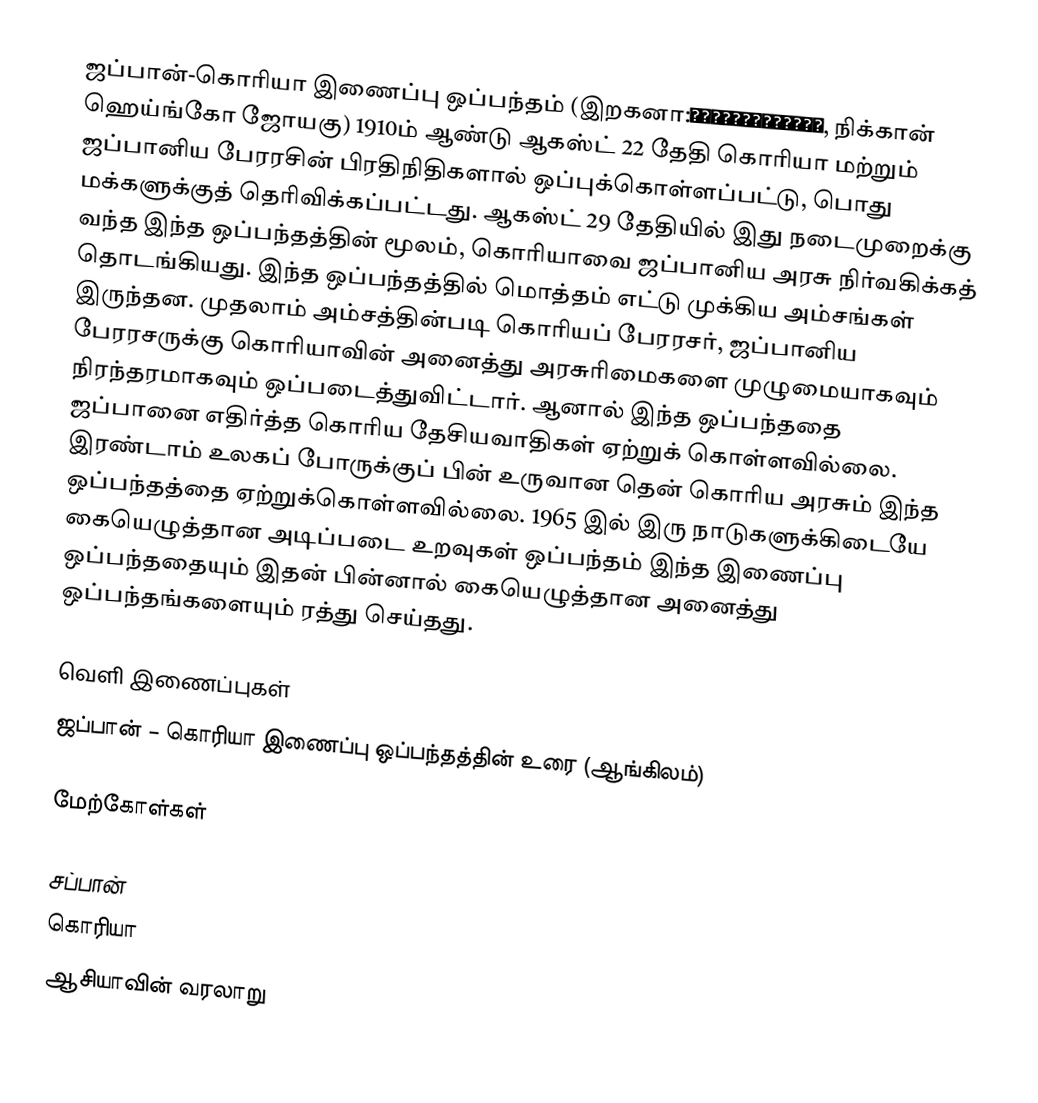
ஜப்பான்-கொரியா இணைப்பு ஒப்பந்தம் (இறகனா:にっかんへいごうじょうやく, நிக்கான் ஹெய்ங்கோ ஜோயகு) 1910ம் ஆண்டு ஆகஸ்ட் 22 தேதி கொரியா மற்றும் ஜப்பானிய பேரரசின் பிரதிநிதிகளால் ஒப்புக்கொள்ளப்பட்டு, பொது மக்களுக்குத் தெரிவிக்கப்பட்டது. ஆகஸ்ட் 29 தேதியில் இது நடைமுறைக்கு வந்த இந்த ஒப்பந்தத்தின் மூலம், கொரியாவை ஜப்பானிய அரசு நிர்வகிக்கத் தொடங்கியது. இந்த ஒப்பந்தத்தில் மொத்தம் எட்டு முக்கிய அம்சங்கள் இருந்தன. முதலாம் அம்சத்தின்படி கொரியப் பேரரசர், ஜப்பானிய பேரரசருக்கு கொரியாவின் அனைத்து அரசுரிமைகளை முழுமையாகவும் நிரந்தரமாகவும் ஒப்படைத்துவிட்டார். ஆனால் இந்த ஒப்பந்ததை ஜப்பானை எதிர்த்த கொரிய தேசியவாதிகள் ஏற்றுக் கொள்ளவில்லை. இரண்டாம் உலகப் போருக்குப் பின் உருவான தென் கொரிய அரசும் இந்த ஒப்பந்தத்தை ஏற்றுக்கொள்ளவில்லை. 1965 இல் இரு நாடுகளுக்கிடையே கையெழுத்தான அடிப்படை உறவுகள் ஒப்பந்தம் இந்த இணைப்பு ஒப்பந்ததையும் இதன் பின்னால் கையெழுத்தான அனைத்து ஒப்பந்தங்களையும் ரத்து செய்தது.

வெளி இணைப்புகள்
 ஜப்பான் – கொரியா இணைப்பு ஒப்பந்தத்தின் உரை (ஆங்கிலம்)

மேற்கோள்கள்

சப்பான்
கொரியா
ஆசியாவின் வரலாறு